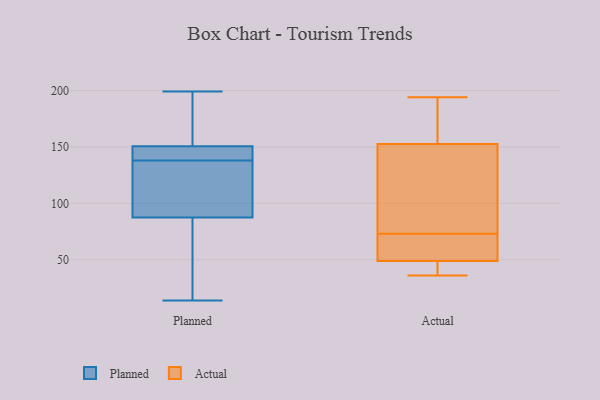
{"axis": {"x": "Budget (USD K)", "y": "Value"}, "legend": ["Actual", "Planned"], "data": [{"x": "", "y": 145, "type": "Planned"}, {"x": "", "y": 138, "type": "Planned"}, {"x": "", "y": 94, "type": "Planned"}, {"x": "", "y": 68, "type": "Planned"}, {"x": "", "y": 178, "type": "Planned"}, {"x": "", "y": 115, "type": "Planned"}, {"x": "", "y": 105, "type": "Planned"}, {"x": "", "y": 148, "type": "Planned"}, {"x": "", "y": 199, "type": "Planned"}, {"x": "", "y": 158, "type": "Planned"}, {"x": "", "y": 21, "type": "Planned"}, {"x": "", "y": 147, "type": "Planned"}, {"x": "", "y": 14, "type": "Planned"}, {"x": "", "y": 143, "type": "Actual"}, {"x": "", "y": 66, "type": "Actual"}, {"x": "", "y": 144, "type": "Actual"}, {"x": "", "y": 150, "type": "Actual"}, {"x": "", "y": 64, "type": "Actual"}, {"x": "", "y": 36, "type": "Actual"}, {"x": "", "y": 188, "type": "Actual"}, {"x": "", "y": 50, "type": "Actual"}, {"x": "", "y": 73, "type": "Actual"}, {"x": "", "y": 160, "type": "Actual"}, {"x": "", "y": 37, "type": "Actual"}, {"x": "", "y": 194, "type": "Actual"}, {"x": "", "y": 46, "type": "Actual"}]}